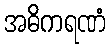
အဓိကရဏံ